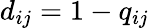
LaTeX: d_{ij}=1-q_{ij}